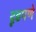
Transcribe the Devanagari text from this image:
दृढपणे